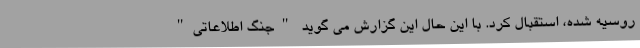
روسیه شده، استقبال کرد. با این حال این گزارش می گوید "جنگ اطلاعاتی"